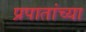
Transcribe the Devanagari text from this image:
प्रपातांच्या